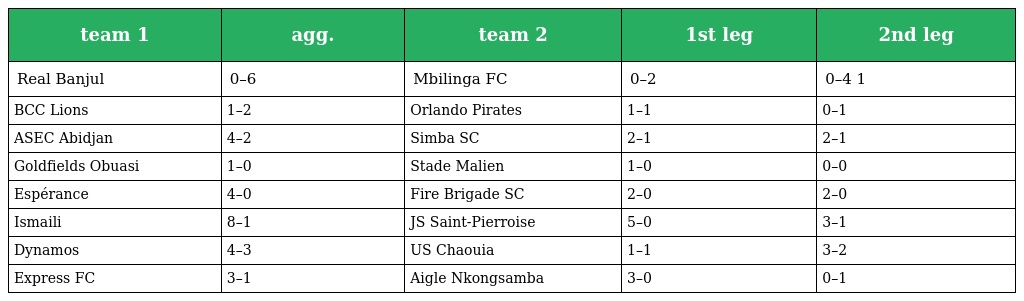
| team 1 | agg. | team 2 | 1st leg | 2nd leg |
 | --- | --- | --- | --- | --- |
 | Real Banjul | 0–6 | Mbilinga FC | 0–2 | 0–4 1 |
 | BCC Lions | 1–2 | Orlando Pirates | 1–1 | 0–1 |
 | ASEC Abidjan | 4–2 | Simba SC | 2–1 | 2–1 |
 | Goldfields Obuasi | 1–0 | Stade Malien | 1–0 | 0–0 |
 | Espérance | 4–0 | Fire Brigade SC | 2–0 | 2–0 |
 | Ismaili | 8–1 | JS Saint-Pierroise | 5–0 | 3–1 |
 | Dynamos | 4–3 | US Chaouia | 1–1 | 3–2 |
 | Express FC | 3–1 | Aigle Nkongsamba | 3–0 | 0–1 |